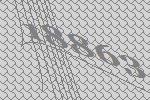
18863